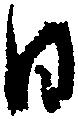
日